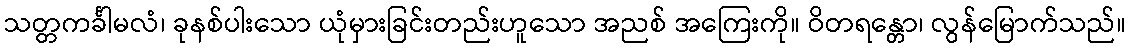
သတ္တကင်္ခါမလံ၊ ခုနစ်ပါးသော ယုံမှားခြင်းတည်းဟူသော အညစ် အကြေးကို။ ဝိတရန္တော၊ လွန်မြောက်သည်။